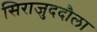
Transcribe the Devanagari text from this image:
सिराजुददौला